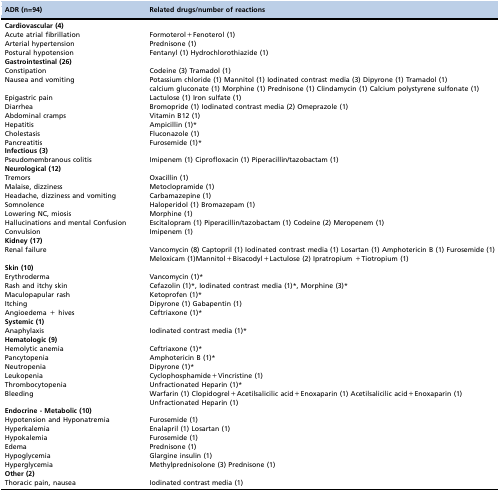
<table><thead><tr><td><b>ADR (n=94)</b></td><td><b>Related drugs/number of reactions</b></td></tr></thead><tbody><tr><td><b>Cardiovascular (4)</b></td><td></td></tr><tr><td>Acute atrial fibrillation</td><td>Formoterol+Fenoterol (1)</td></tr><tr><td>Arterial hypertension</td><td>Prednisone (1)</td></tr><tr><td>Postural hypotension</td><td>Fentanyl (1) Hydrochlorothiazide (1)</td></tr><tr><td><b>Gastrointestinal (26)</b></td><td></td></tr><tr><td>Constipation</td><td>Codeine (3) Tramadol (1)</td></tr><tr><td>Nausea and vomiting</td><td>Potassium chloride (1) Mannitol (1) Iodinated contrast media (3) Dipyrone (1) Tramadol (1) calcium gluconate (1) Morphine (1) Prednisone (1) Clindamycin (1) Calcium polystyrene sulfonate (1)</td></tr><tr><td>Epigastric pain</td><td>Lactulose (1) Iron sulfate (1)</td></tr><tr><td>Diarrhea</td><td>Bromopride (1) Iodinated contrast media (2) Omeprazole (1)</td></tr><tr><td>Abdominal cramps</td><td>Vitamin B12 (1)</td></tr><tr><td>Hepatitis</td><td>Ampicillin (1)*</td></tr><tr><td>Cholestasis</td><td>Fluconazole (1)</td></tr><tr><td>Pancreatitis</td><td>Furosemide (1)*</td></tr><tr><td><b>Infectious (3)</b></td><td></td></tr><tr><td>Pseudomembranous colitis</td><td>Imipenem (1) Ciprofloxacin (1) Piperacillin/tazobactam (1)</td></tr><tr><td><b>Neurological (12)</b></td><td></td></tr><tr><td>Tremors</td><td>Oxacillin (1)</td></tr><tr><td>Malaise, dizziness</td><td>Metoclopramide (1)</td></tr><tr><td>Headache, dizziness and vomiting</td><td>Carbamazepine (1)</td></tr><tr><td>Somnolence</td><td>Haloperidol (1) Bromazepam (1)</td></tr><tr><td>Lowering NC, miosis</td><td>Morphine (1)</td></tr><tr><td>Hallucinations and mental Confusion</td><td>Escitalopram (1) Piperacillin/tazobactam (1) Codeine (2) Meropenem (1)</td></tr><tr><td>Convulsion</td><td>Imipenem (1)</td></tr><tr><td><b>Kidney (17)</b></td><td></td></tr><tr><td>Renal failure</td><td>Vancomycin (8) Captopril (1) Iodinated contrast media (1) Losartan (1) Amphotericin B (1) Furosemide (1) Meloxicam (1)Mannitol+Bisacodyl+Lactulose (2) Ipratropium +Tiotropium (1)</td></tr><tr><td><b>Skin (10)</b></td><td></td></tr><tr><td>Erythroderma</td><td>Vancomycin (1)*</td></tr><tr><td>Rash and itchy skin</td><td>Cefazolin (1)*, Iodinated contrast media (1)*, Morphine (3)*</td></tr><tr><td>Maculopapular rash</td><td>Ketoprofen (1)*</td></tr><tr><td>Itching</td><td>Dipyrone (1) Gabapentin (1)</td></tr><tr><td>Angioedema + hives</td><td>Ceftriaxone (1)*</td></tr><tr><td><b>Systemic (1)</b></td><td></td></tr><tr><td>Anaphylaxis</td><td>Iodinated contrast media (1)*</td></tr><tr><td><b>Hematologic (9)</b></td><td></td></tr><tr><td>Hemolytic anemia</td><td>Ceftriaxone (1)*</td></tr><tr><td>Pancytopenia</td><td>Amphotericin B (1)*</td></tr><tr><td>Neutropenia</td><td>Dipyrone (1)*</td></tr><tr><td>Leukopenia</td><td>Cyclophosphamide+Vincristine (1)</td></tr><tr><td>Thrombocytopenia</td><td>Unfractionated Heparin (1)*</td></tr><tr><td>Bleeding</td><td>Warfarin (1) Clopidogrel+Acetilsalicilic acid+Enoxaparin (1) Acetilsalicilic acid+Enoxaparin (1) Unfractionated Heparin (1)</td></tr><tr><td><b>Endocrine - Metabolic (10)</b></td><td></td></tr><tr><td>Hypotension and Hyponatremia</td><td>Furosemide (1)</td></tr><tr><td>Hyperkalemia</td><td>Enalapril (1) Losartan (1)</td></tr><tr><td>Hypokalemia</td><td>Furosemide (1)</td></tr><tr><td>Edema</td><td>Prednisone (1)</td></tr><tr><td>Hypoglycemia</td><td>Glargine insulin (1)</td></tr><tr><td>Hyperglycemia</td><td>Methylprednisolone (3) Prednisone (1)</td></tr><tr><td><b>Other (2)</b></td><td></td></tr><tr><td>Thoracic pain, nausea</td><td>Iodinated contrast media (1)</td></tr></tbody></table>